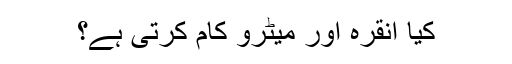
کیا انقرہ اور میٹرو کام کرتی ہے؟